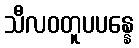
သီလဝတူပပန္နေ